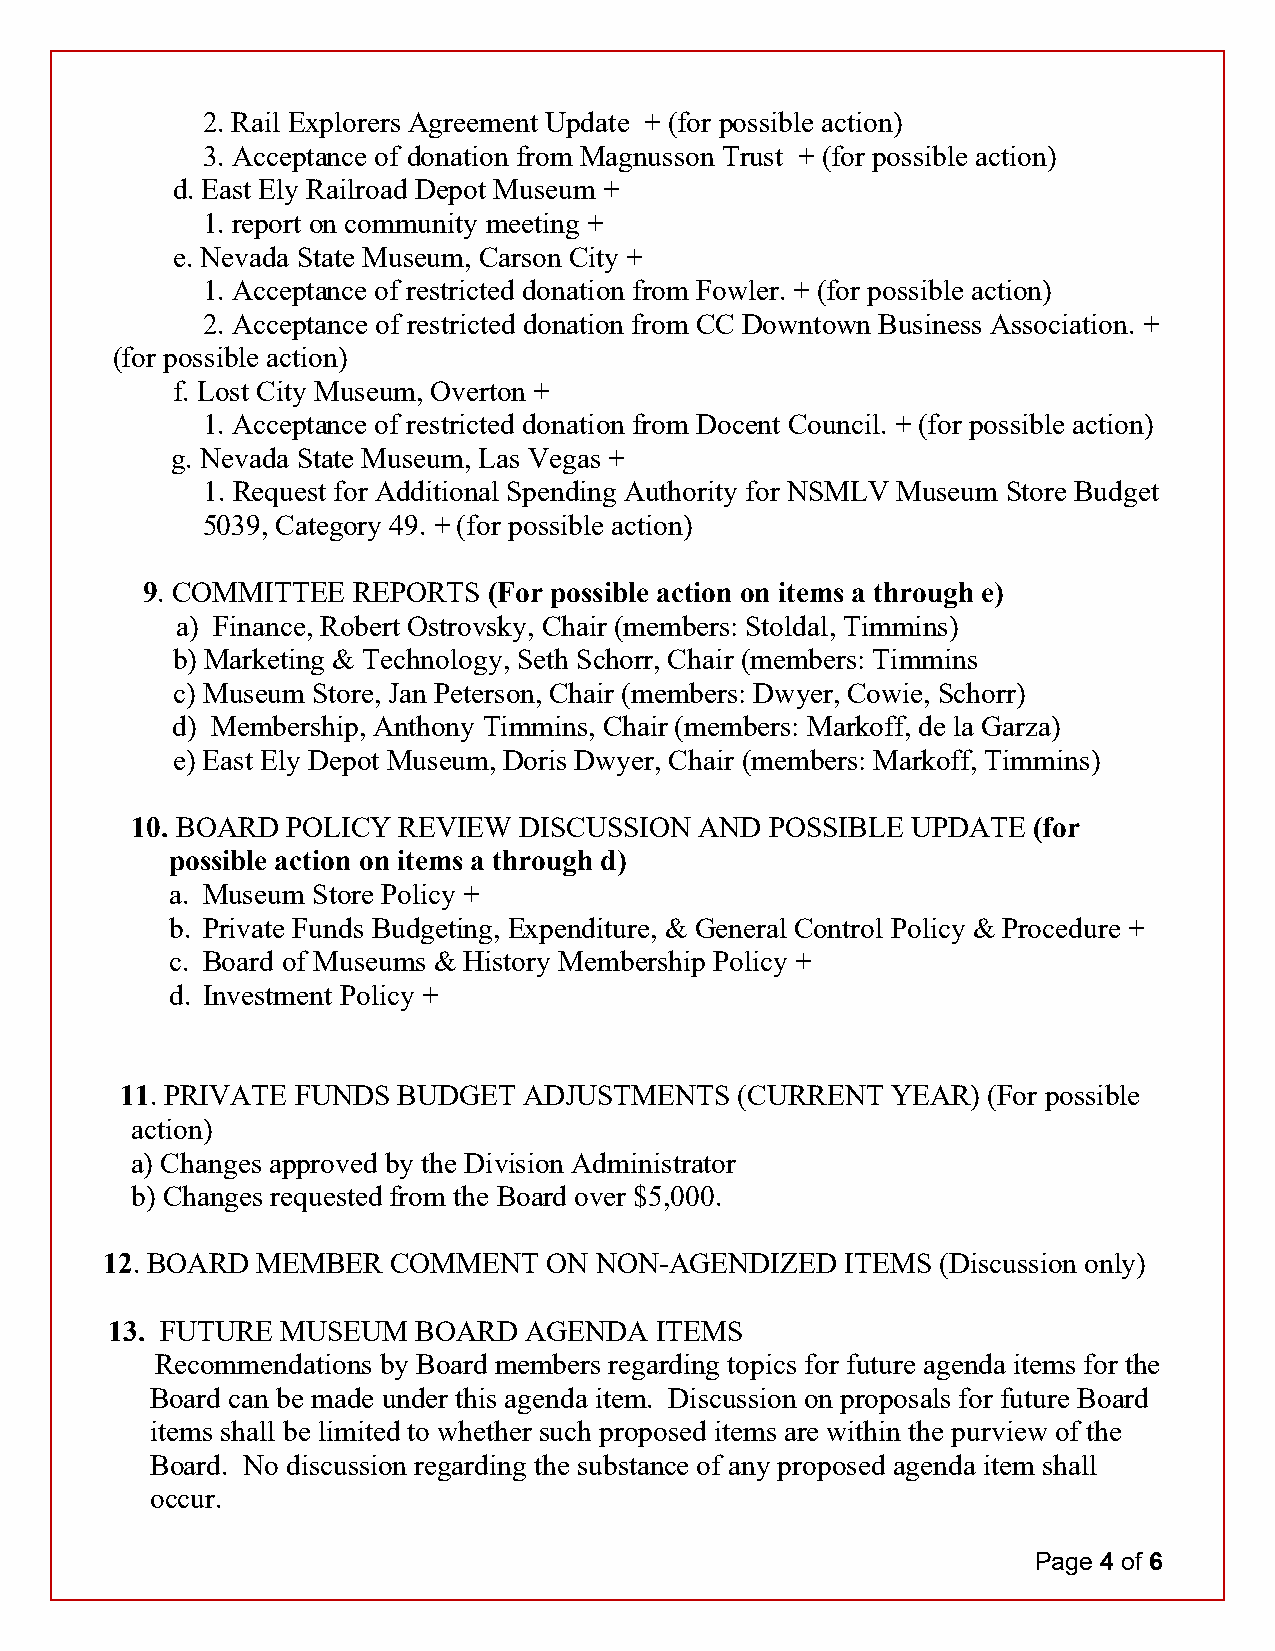
2. Rail Explorers Agreement Update + (for possible action)
 3. Acceptance of donation from Magnusson Trust + (for possible action)
 d. East Ely Railroad Depot Museum +
 1. report on community meeting +
 e. Nevada State Museum, Carson City +
 1. Acceptance of restricted donation from Fowler. + (for possible action)
 2. Acceptance of restricted donation from CC Downtown Business Association. +
 (for possible action)
 f. Lost City Museum, Overton +
 1. Acceptance of restricted donation from Docent Council. + (for possible action)
 g. Nevada State Museum, Las Vegas +
 1. Request for Additional Spending Authority for NSMLV Museum Store Budget
 5039, Category 49. + (for possible action)
 9. COMMITTEE  REPORTS  (For possible action on items a through e)
 a) Finance, Robert Ostrovsky, Chair (members: Stoldal, Timmins)
 b) Marketing & Technology, Seth Schorr, Chair (members: Timmins
 c) Museum Store, Jan Peterson, Chair (members: Dwyer, Cowie, Schorr)
 d) Membership, Anthony Timmins, Chair (members: Markoff, de la Garza)
 e) East Ely Depot Museum, Doris Dwyer, Chair (members: Markoff, Timmins)
 10. BOARD POLICY REVIEW  DISCUSSION  AND  POSSIBLE UPDATE  (for
 possible action on items a through d)
 a. Museum Store Policy +
 b. Private Funds Budgeting, Expenditure, & General Control Policy & Procedure +
 c. Board of Museums & History Membership Policy +
 d. Investment Policy +
 11. PRIVATE FUNDS BUDGET   ADJUSTMENTS   (CURRENT  YEAR) (For possible
 action)
 a) Changes approved by the Division Administrator
 b) Changes requested from the Board over $5,000.
 12. BOARD MEMBER   COMMENT   ON NON-AGENDIZED    ITEMS (Discussion only)
 13. FUTURE  MUSEUM   BOARD  AGENDA  ITEMS
 Recommendations by Board members regarding topics for future agenda items for the
 Board can be made under this agenda item. Discussion on proposals for future Board
 items shall be limited to whether such proposed items are within the purview of the
 Board. No discussion regarding the substance of any proposed agenda item shall
 occur.
 Page 4 of 6